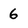
Character: 6